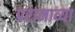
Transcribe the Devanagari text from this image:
परानाव्या